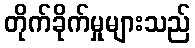
တိုက်ခိုက်မှုများသည်